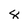
Character: 8